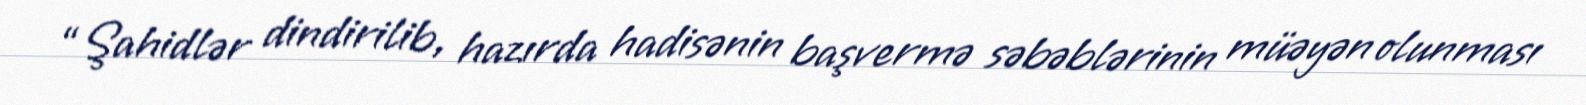
“Şahidlər dindirilib, hazırda hadisənin başvermə səbəblərinin müəyən olunması